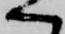
へ